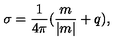
\sigma = \frac 1 { 4 \pi } ( \frac m { | m | } + q ) ,